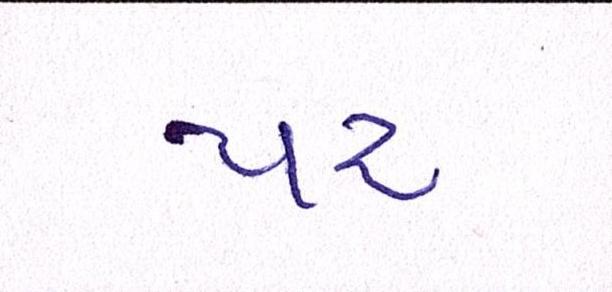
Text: પર